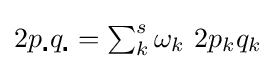
{\textstyle 2p_{\centerdot }q_{\centerdot }=\sum _{k}^{s}\omega _{k}\ 2p_{k}q_{k}}